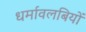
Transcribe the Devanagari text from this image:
धर्मावलबियों